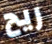
ريح